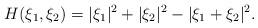
LaTeX: \begin{align*}H(\xi_1,\xi_2)=|\xi_1|^2+|\xi_2|^2-|\xi_1+\xi_2|^2.\end{align*}